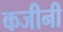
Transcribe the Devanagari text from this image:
कजीनी